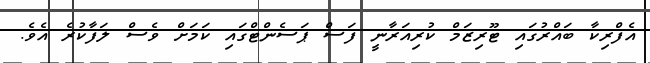
އެފްރިކާ ބައްރުގައި ޓޫރިޒަމް ކުރިއަރާނީ ފަސް ޕަސެންޓްގައި ކަމަށް ވެސް ލަފާކުރެ އެވެ.